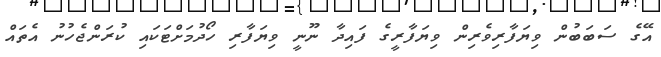
އޭގެ ސަބަބުން ވިޔަފާރިވެރިން ވިޔަފާރީގެ ފައިދާ ނޫނީ ވިޔަފާރި ހޯދުމަށްޓަކައި ކުރަންޖެހުނު އެތައް